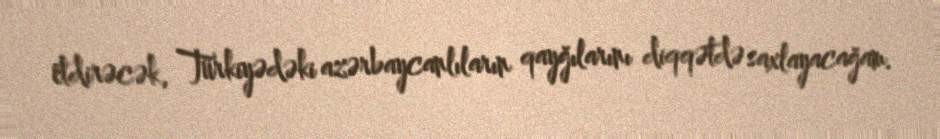
etdirəcək, Türkiyədəki azərbaycanlıların qayğılarını diqqətdə saxlayacağam.